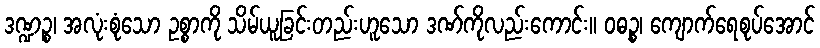
ဒဏ္ဍဉ္စ၊ အလုံးစုံသော ဥစ္စာကို သိမ်ယူခြင်းတည်းဟူသော ဒဏ်ကိုလည်းကောင်း။ ဝဓဉ္စ၊ ကျောက်ရေစုပ်အောင်